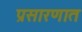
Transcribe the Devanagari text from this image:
प्रसारणात